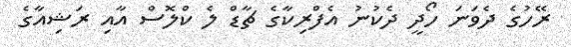
ރޭހުގެ ދެވަނަ ހޯދީ ދެކުނު އެފްރިކާގެ ޗާޑް ލެ ކްލޮސް އާއި ރަޝިއާގެ